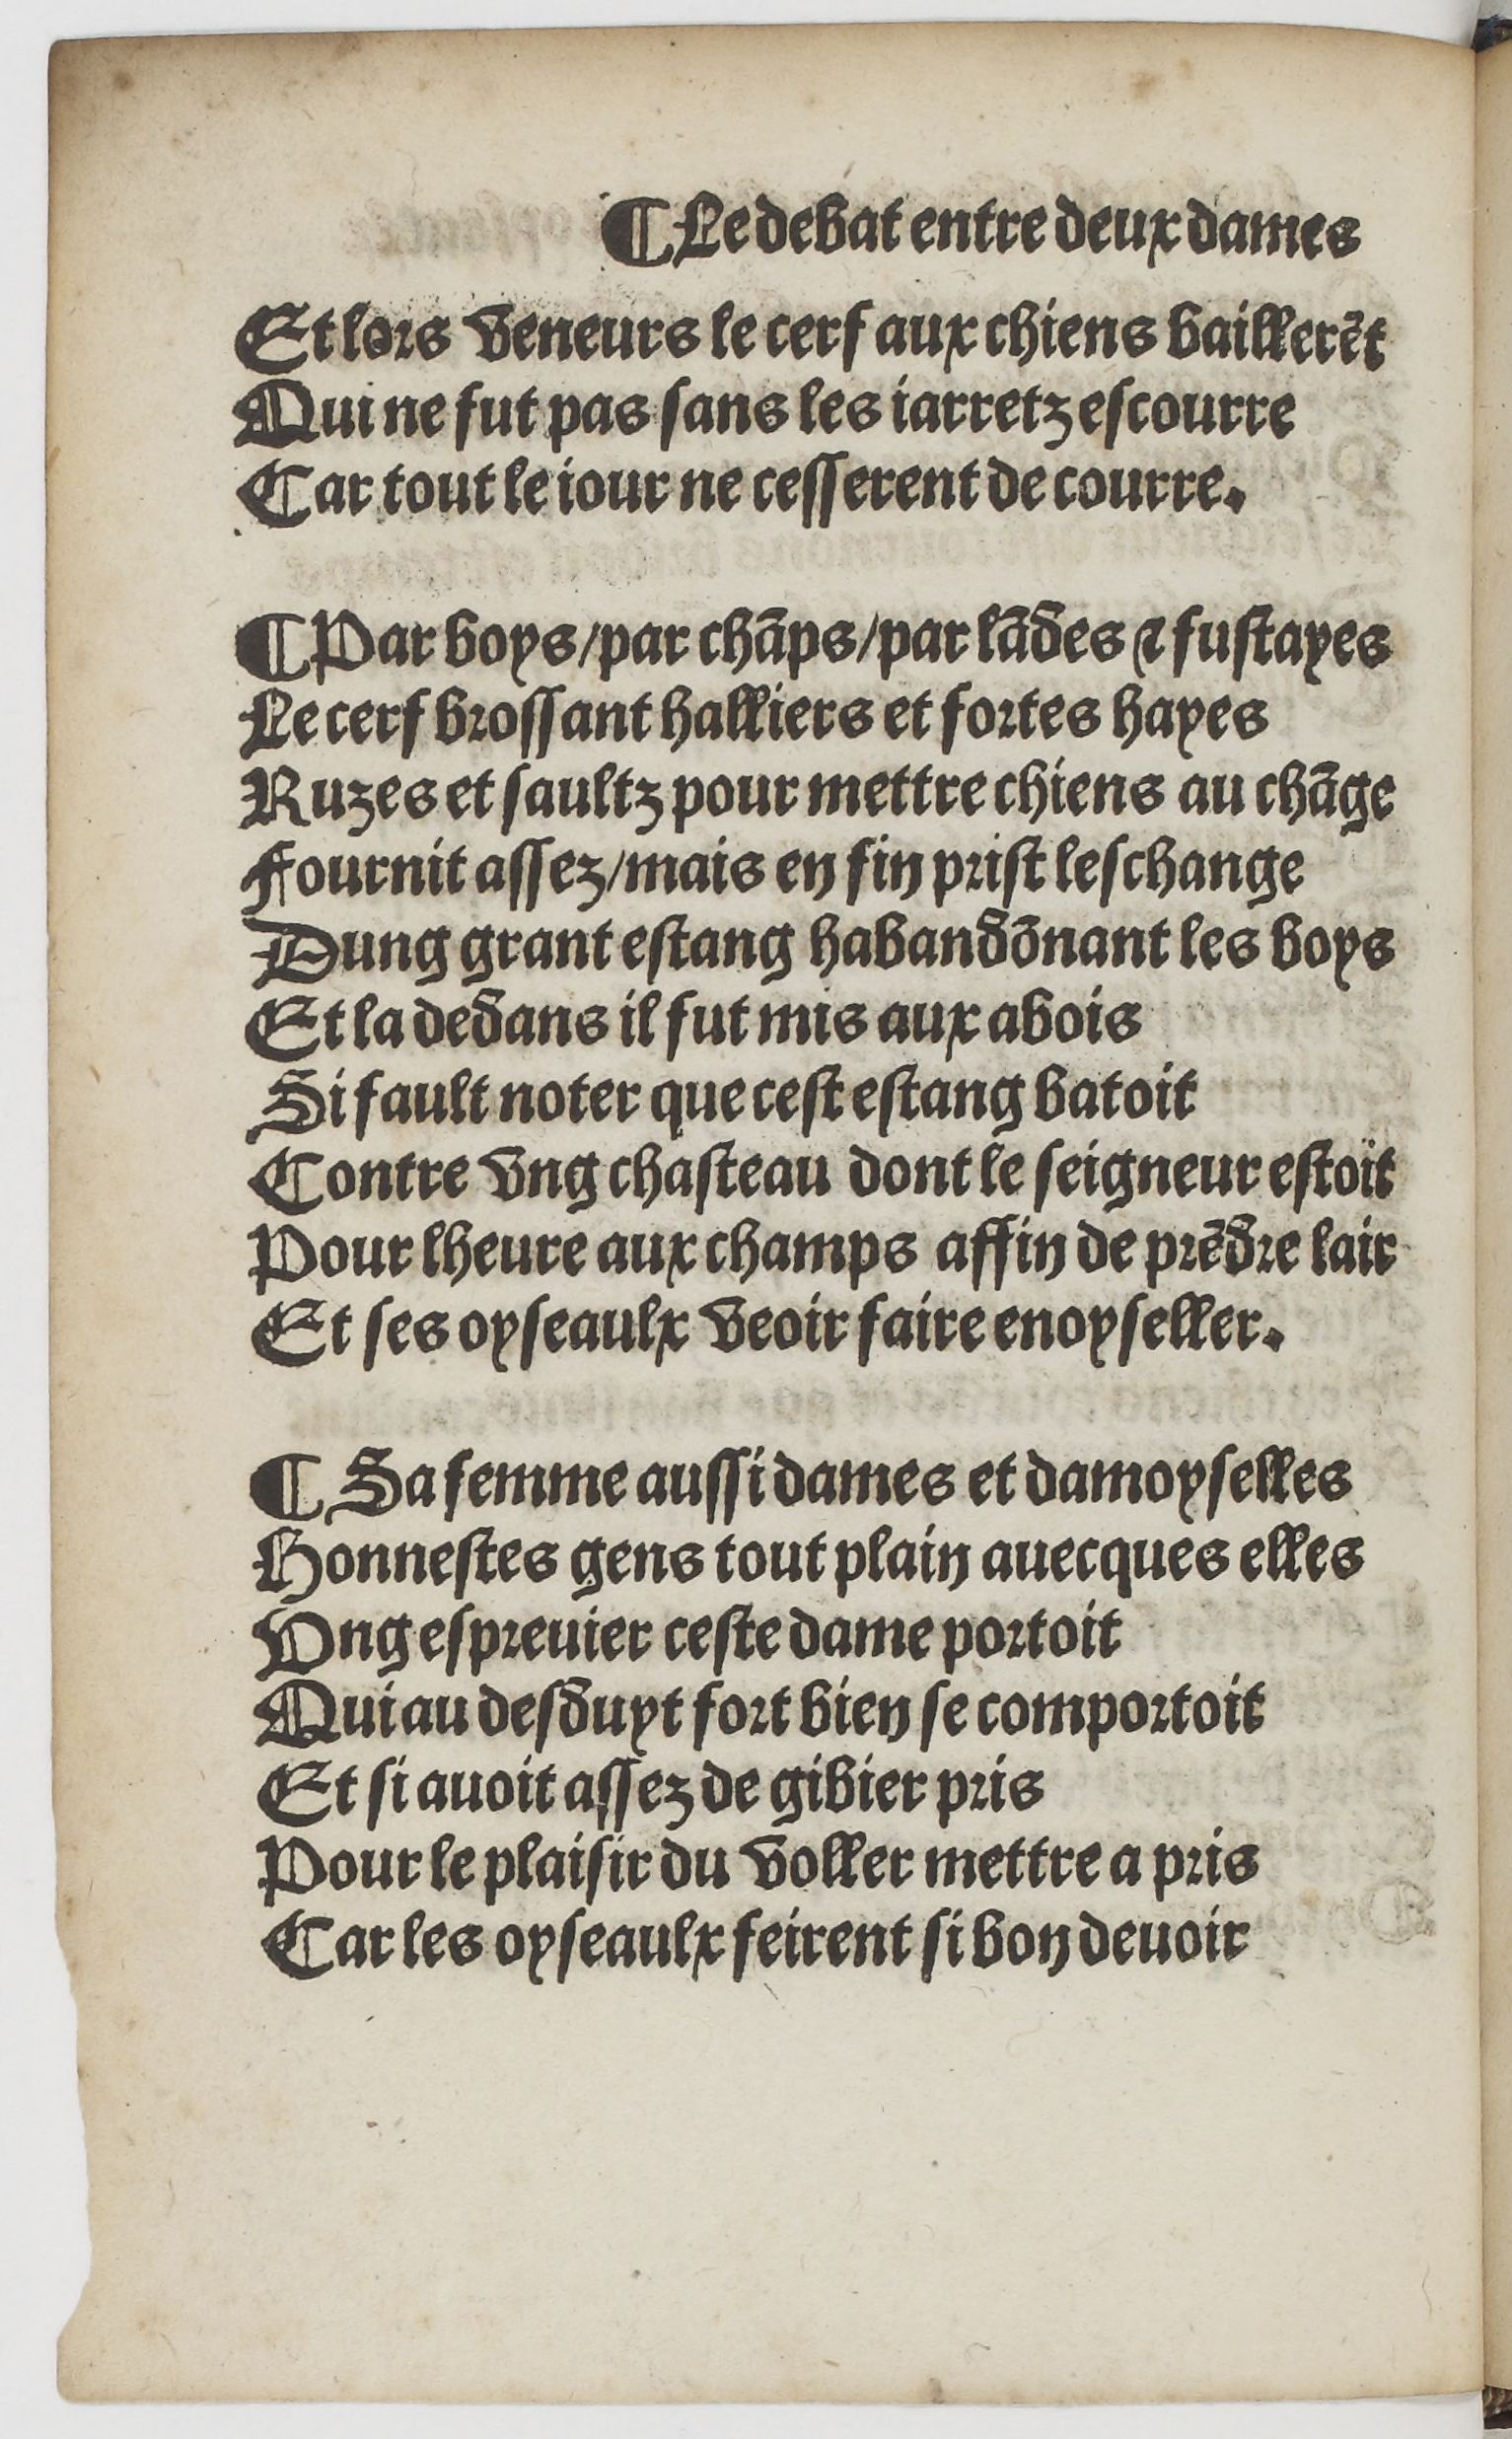
Shelfmark: Paris, BnF, Rés. YE-1395
Century: 16